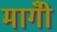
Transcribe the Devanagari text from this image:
मागीँ